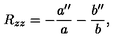
R _ { z z } = - { \frac { a ^ { \prime \prime } } { a } } - { \frac { b ^ { \prime \prime } } { b } } ,